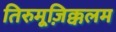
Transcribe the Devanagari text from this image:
तिरुमूज़िक्कलम